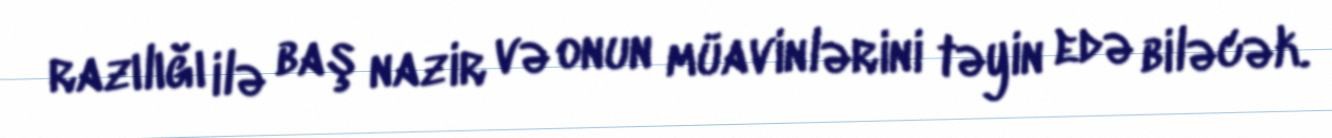
razılığı ilə baş nazir və onun müavinlərini təyin edə biləcək.